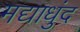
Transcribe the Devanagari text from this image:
मद्याधुंद